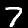
Digit: 7